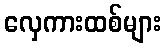
လှေကားထစ်များ